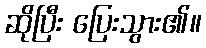
ဆိုပြီး ပြေးသွား၏။